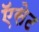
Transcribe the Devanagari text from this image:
ऍसेट